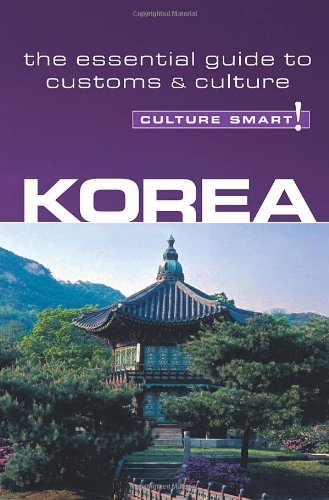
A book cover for Korea - Culture Smart!: The Essential Guide to Culture & Customs; James Hoare; Travel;